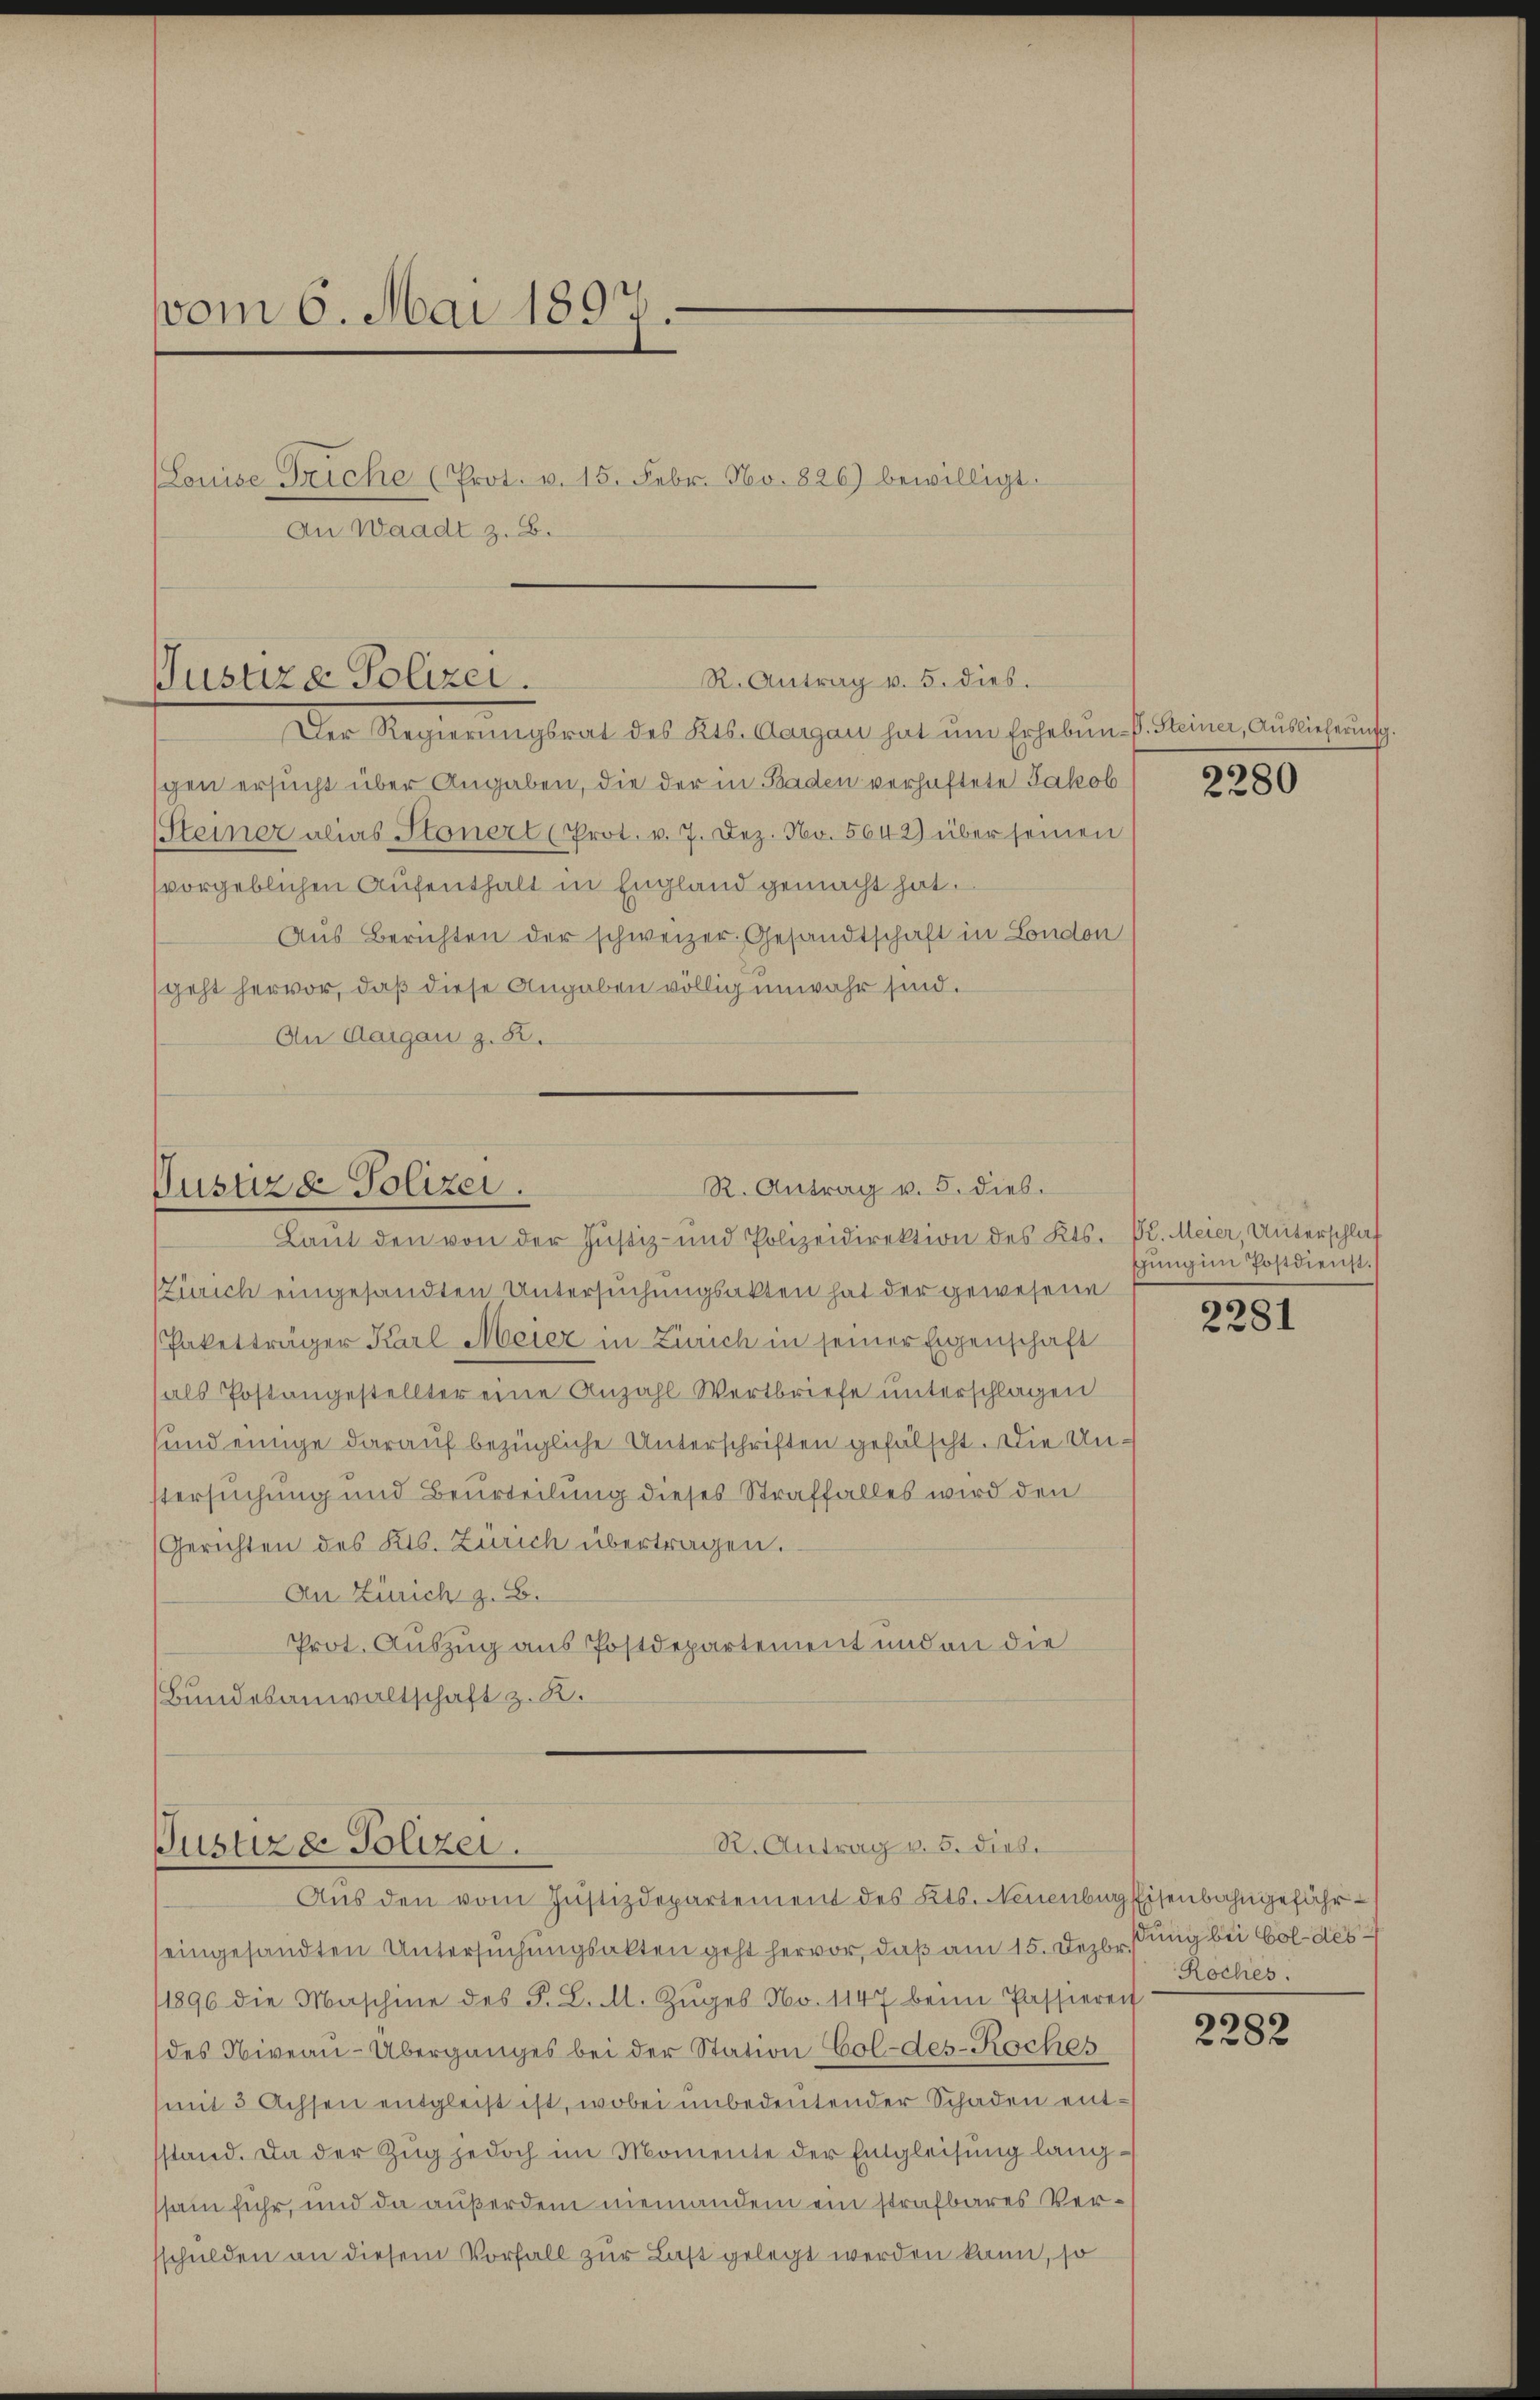
vom 6. Mai 1897.
(Louise Triche (Prot. v. 15. Febr. No. 826) bewilligt.
An Waadt z. B.

R. Antrag v. 5. dies.
Justiza Polizei.

Der Regierŭngsrat des Kts. Aargau hat ŭm Erhebŭng C. Steiner, Auslieferung,
gen ersucht über Angaben, die der in Baden verhaftete Jakob
Steiner alias Stonert (Prot. v. 7. Dez. No. 5642) über seinen
vorgeblichen Aufenthalt in England gemacht hat.
Aus Berichten der schweizer Gesandtschaft in London
geht hervor, daß diese Angaben völlig unwahr sind.
An Aargau z. B.

R. Antrag v. 5. dies.
Justizd Polizei.
Lant den von der Justiz- und Polizeidirektion des Kts. Bl. Meier, Unterschlaf

R. Antrag v. 5. Diebe
Justiz er Polizei.
Aŭs den vom Justizdepartement des Kts. Neuenburg Eisenbahngefähr¬

(Zürich eingesandten Untersuchungsakten hat der gewesene
Paketträger Karl Meier in Zürich in seiner Eigenschaft
als Postangestellter eine Anzahl-Wertbriefe unterschlagen
sund einige darauf bezügliche Unterschriften gefälscht. Die Unstersuchung und Beurteilung dieses Straffalles wird den
Gerichten des Kts. Zürich übertragen.
An Zürich z. B.
Prot. Auszug aus Postdepartement und an die
Bundesanwaltschaft z. R.

eingesandten Untersuchungsakten geht hervor, daß am 15. Dezbr. ung bei Goldes
1896 die Maschine des F. L. M. Zŭges No. 1147 beim Passierent
des Niveau-Überganges bei der Station Col-des-Roches
mit 3 Achsen entgleist ist, wobei unbedeutender Schaden entstand. Da der Zug jedoch im Momente der Entgleisung langssam fuhr, und da außerdem niemandem ein strafbares Versschulden an diesem Vorfall zur Last gelegt werden kann, so

2280

gung im Postdienst.

2281

Roches.

2282